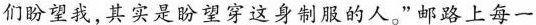
们盼望我，其实是盼望穿这身制服的人。"邮路上每一